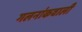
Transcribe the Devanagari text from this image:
गलनांकवाली